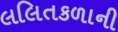
લલિતકળાની